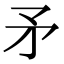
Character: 矛